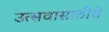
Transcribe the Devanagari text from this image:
उत्सवासाठीचे